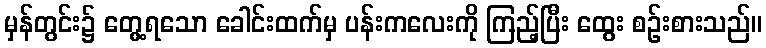
မှန်တွင်း၌ တွေ့ရသော ခေါင်းထက်မှ ပန်းကလေးကို ကြည့်ပြီး ထွေး စဉ်းစားသည်။